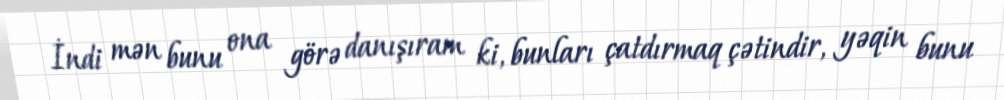
İndi mən bunu ona görə danışıram ki, bunları çatdırmaq çətindir, yəqin bunu